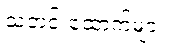
သတင်းထောက်များ